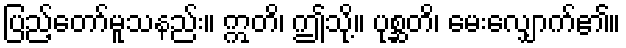
ပြည့်တော်မူသနည်း။ ဣတိ၊ ဤသို့။ ပုစ္ဆတိ၊ မေးလျှောက်၏။